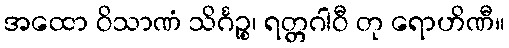
အထော ဝိသာဏံ သိင်္ဂဉ္စ၊ ရတ္တဂါဝီ တု ရောဟိဏီ။